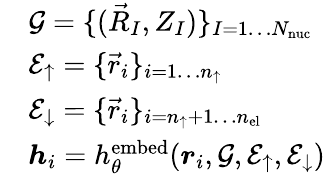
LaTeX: \begin{array}{rl}&{\mathcal{G}=\{ (\vec{R}_{I},Z_{I})\} _{I=1\dots{N_{\mathrm{nuc}}}}}\\ &{\mathcal{E}_{\uparrow}=\{ \vec{r}_{i}\} _{i=1\dots{n_{\uparrow}}}}\\ &{\mathcal{E}_{\downarrow}=\{ \vec{r}_{i}\} _{i={n_{\uparrow}}+1\dots{n_{\mathrm{el}}}}}\\ &{{\boldsymbol{h}}_{i}=h_{\theta}^{\mathrm{embed}}({\boldsymbol{r}}_{i},\mathcal{G},\mathcal{E}_{\uparrow},\mathcal{E}_{\downarrow})}\end{array}